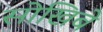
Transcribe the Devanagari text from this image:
सोखिबे